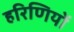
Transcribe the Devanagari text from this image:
हरिणियों